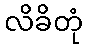
လိခိတုံ